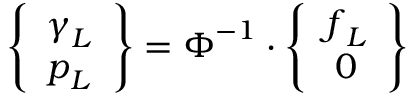
\left\{ \begin{array} { c } { \boldsymbol { \gamma } _ { L } } \\ { \boldsymbol { p } _ { L } } \end{array} \right\} = \boldsymbol { \Phi } ^ { - 1 } \cdot \left\{ \begin{array} { c } { \boldsymbol { f } _ { L } } \\ { \boldsymbol { 0 } } \end{array} \right\}